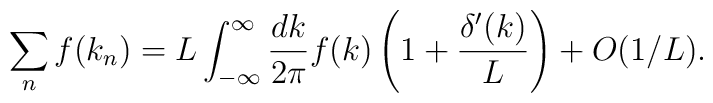
\sum_n f(k_n) = L \int_{-\infty}^\infty{dk\over2\pi}f(k)	\left(1 + {\delta^\prime(k)\over L}\right) + O(1/L).